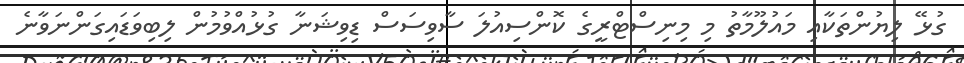
ގުޅޭ ލިޔުންތަކާއި މައުލޫމާތު މި މިނިސްޓްރީގެ ކޮންސިއުލަ ސާވިސަސް ޑިވިޝަނާ ގުޅުއްވުމުން ލިބިވަޑައިގަންނަވާނެ